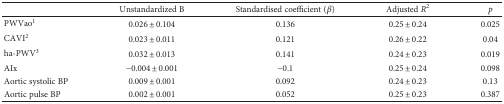
<table><thead><tr><td></td><td><b>Unstandardized B</b></td><td><b>Standardised coefficient (<i>β</i>)</b></td><td><b>Adjusted <i>R</i><sup>2</sup></b></td><td><b><i>p</i></b></td></tr></thead><tbody><tr><td>PWVao<sup>1</sup></td><td>0.026 ± 0.104</td><td>0.136</td><td>0.25 ± 0.24</td><td>0.025</td></tr><tr><td>CAVI<sup>2</sup></td><td>0.023 ± 0.011</td><td>0.121</td><td>0.26 ± 0.22</td><td>0.04</td></tr><tr><td>ha-PWV<sup>3</sup></td><td>0.032 ± 0.013</td><td>0.141</td><td>0.24 ± 0.23</td><td>0.019</td></tr><tr><td>AIx</td><td>−0.004 ± 0.001</td><td>−0.1</td><td>0.25 ± 0.24</td><td>0.098</td></tr><tr><td>Aortic systolic BP</td><td>0.009 ± 0.001</td><td>0.092</td><td>0.24 ± 0.23</td><td>0.13</td></tr><tr><td>Aortic pulse BP</td><td>0.002 ± 0.001</td><td>0.052</td><td>0.25 ± 0.23</td><td>0.387</td></tr></tbody></table>